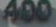
400